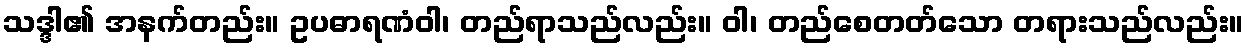
သဒ္ဒါ၏ အနက်တည်း။ ဥပဓာရဏံဝါ၊ တည်ရာသည်လည်း။ ဝါ၊ တည်စေတတ်သော တရားသည်လည်း။